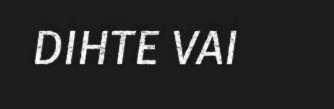
DIHTE VAI